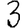
Digit: 3